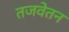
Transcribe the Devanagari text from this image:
तजवेतन